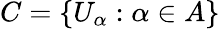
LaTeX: C=\lbrace U_{\alpha}:\alpha\in A\rbrace